Civil Veterinary Department. Madras. Admin. report 1926-33 - 1926-1933
Year: 1926
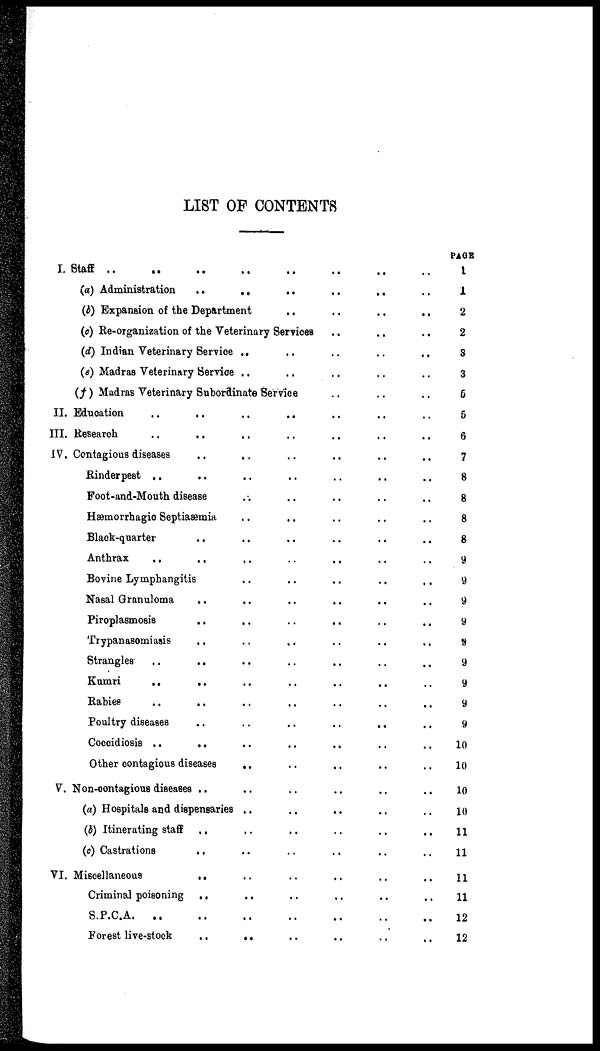
LIST OF CONTENTS
I. Staff .. .. ..
(a) Administration ..
..
..
(b) Expansion of the Department
..
..
..
(c) Re-organization of the Veterinary Services
(d) Indian Veterinary Service
(e) Madras Veterinary Service
..
..
..
..
(f) Madras Veterinary Subordinate Service
II. Education .. ..
III. Research .. ..
IV. Contagious diseases ..
Rinderpest .. ..
Foot-and-Mouth disease
Hæmorrhagic Septiaæmia
Black-quarter ..
Anthrax .. ..
Bovine Lymphangitis
Nasal Granuloma ..
Piroplasmosis
..
Trypanasomiasis ..
Strangles .. ..
Kumri .. ..
Rabies .. ..
Poultry diseases ..
Coccidiosis .. ..
Other contagious diseases
V. Non-contagious diseases ..
(a) Hospitals and dispensaries
(b) Itinerating staff ..
(c) Castrations
..
VI. Miscellaneous
..
Criminal poisoning
..
S.P.C.A .. ..
Forest live-stock ..
..
..
..
..
..
..
..
..
..
..
..
..
..
..
..
..
..
..
..
..
..
..
..
..
..
..
..
..
..
..
..
..
..
..
..
..
..
..
..
..
..
..
..
..
..
..
..
..
..
..
..
..
..
..
..
..
..
..
..
..
..
..
..
..
..
..
..
..
..
..
..
..
..
..
..
..
..
..
..
..
..
..
..
..
..
..
..
..
..
..
..
..
..
..
..
..
..
..
..
..
..
..
..
..
..
..
..
..
..
..
..
..
..
..
..
..
..
..
..
..
..
..
..
..
..
..
..
..
..
..
..
..
..
..
..
..
..
..
..
..
..
..
..
..
..
..
..
..
..
..
..
PAGE
1
1
2
2
3
3
6
5
6
7
8
8
8
8
9
9
9
9
9
9
9
9
9
10
10
10
10
11
11
11
11
12
12